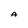
Character: A